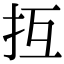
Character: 𢪔